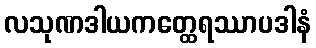
လသုဏဒါယကတ္ထေရဿာပဒါနံ